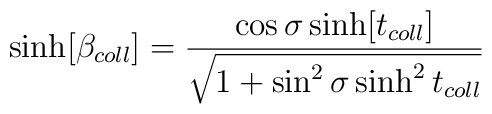
\sinh [\beta _{coll}]=\frac{\cos \sigma \sinh [t_{coll}]}{\sqrt{1+\sin ^2\sigma \sinh ^2t_{coll}}}